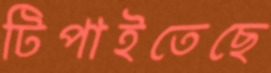
টিপাইতেছে